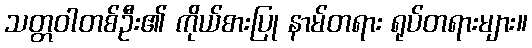
သတ္တဝါတစ်ဦး၏ ကိုယ်စားပြု နာမ်တရား ရုပ်တရားများ။